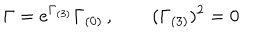
LaTeX: \Gamma = e ^ { \Gamma _ { ( 3 ) } } \Gamma _ { ( 0 ) } \, , \qquad ( \Gamma _ { ( 3 ) } ) ^ { 2 } = 0